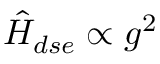
\hat { H } _ { d s e } \propto g ^ { 2 }